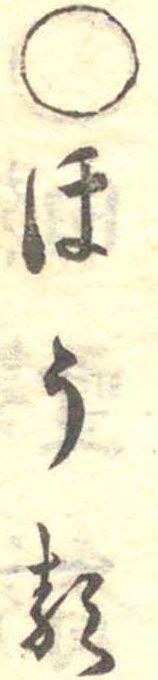
○ほうる